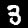
Label: 3